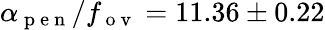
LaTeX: \alpha_{\mathrm{~p~e~n~}}/f_{\mathrm{~o~v~}}=11.36\pm 0.22